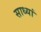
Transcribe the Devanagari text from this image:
साध्यां